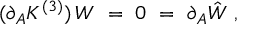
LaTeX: ( \partial _ { A } K ^ { ( 3 ) } ) \, W \ = \ 0 \ = \ \partial _ { A } \hat { W } \ ,